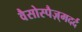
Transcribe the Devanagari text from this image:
वैसोस्पैज़्मदर्द